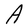
Character: A